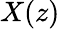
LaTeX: X(z)